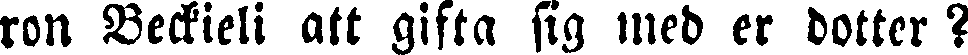
ron Beckieli att gifta sig med er dotter?